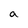
Character: a